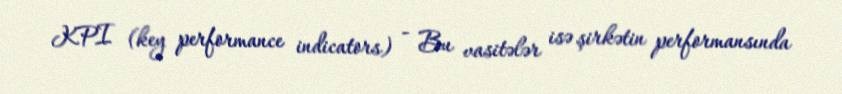
KPI (key performance indicators) - Bu vasitələr isə şirkətin performansında